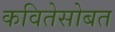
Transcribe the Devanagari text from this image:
कवितेसोबत